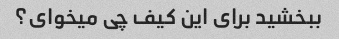
ببخشید برای این کیف چی میخوای؟